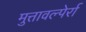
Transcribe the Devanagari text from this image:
मुत्तावल्पेर्रा